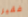
فقير